Civil Veterinary Department Bihar reports 1936-40 - 1936-1940
Year: 1936
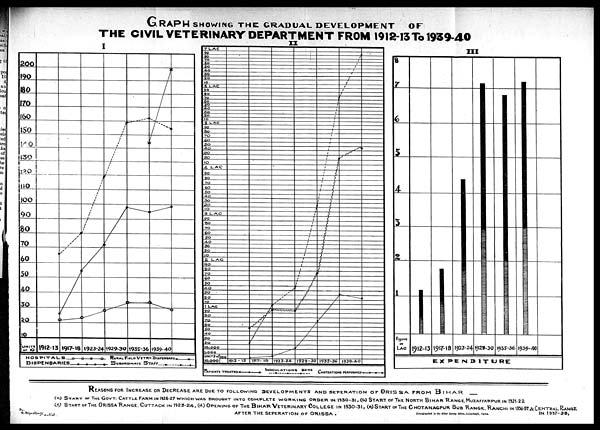
GRAPH SHOWING THE GRADUAL DEVELOPMENT OF
THE CIVIL VETERINARY DEPARTMENT FROM 1912-13 To 1939-40
REASONS FOR INCREASE OR DECREASE ARE DUE TO FOLLOWING DEVELOPMENTS AND SEPARATION OF ORISSA FROM
BIHAR—
(A) START OF THE GOVT. CATTLE FARM IN 1926-27 WHICH WAS BROUGHT INTO COMPLETE WORKING ORDER IN 1930-31, (b) START OF THE NORTH BlHAR RANGE, MUZAFFARPUR IN 1921-22
(c) START OF THE ORISSA RANGE. CUTTACK IN 1923-24, (d) OPENING OF THE BIHAR VETERINARY COLLEGE IN 1930-31, (e) START OF THE CHOTANAGPUR SUB RANGE, RANCHI IN 1936-37 & CENTRAL RANGE
By-
R. Bhosha, Artist. AFTER THE SEPERATION OF ORISSA. Zincographed in the Bihar Survey Office, Gulzarbagh, Patna. IN 1937-38,